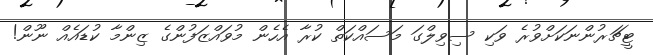
ޓީޗަރުންނަކަށްވުރެ ވަކި ސިވިލްގަ މަސައްކަތް ކުރާ އެހެން މުވައްޒަފުންގެ ޒިންމާ ކުޑައެއް ނޫން!